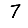
Digit: 7